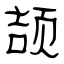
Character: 颉